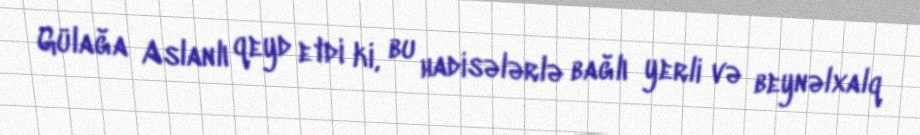
Gülağa Aslanlı qeyd etdi ki, bu hadisələrlə bağlı yerli və beynəlxalq